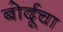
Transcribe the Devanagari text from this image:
बोर्दूचा